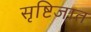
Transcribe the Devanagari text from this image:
सृष्टिजात